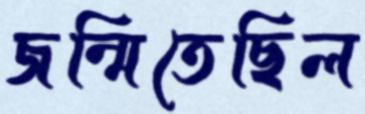
জন্মিতেছিল